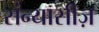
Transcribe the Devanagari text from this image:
संन्यासीज़